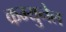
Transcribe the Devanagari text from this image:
कम्युनेल